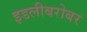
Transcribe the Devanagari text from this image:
इडलीबरोबर